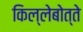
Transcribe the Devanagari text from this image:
किल्लेबोत्ते